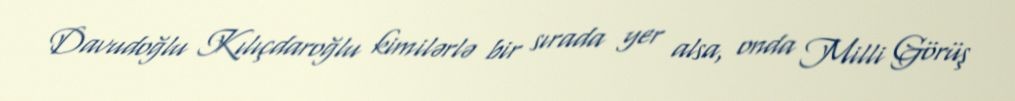
Davudoğlu Kılıçdaroğlu kimilərlə bir sırada yer alsa, onda Milli Görüş